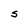
Character: S